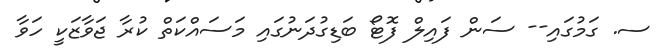
ސ. ގަމުގައި-- ސަން ފައިލް ފޮޓޯ ބަޑިގުދަނުގައި މަސައްކަތް ކުރާ ޖަވާޒަކީ ހަވާ